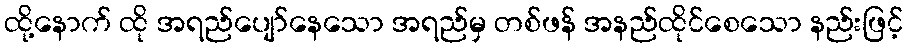
ထို့နောက် ထို အရည်ပျော်နေသော အရည်မှ တစ်ဖန် အနည်ထိုင်စေသော နည်းဖြင့်